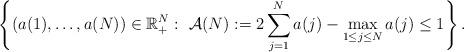
LaTeX: \begin{align*}\left\{(a(1),\ldots,a(N))\in {\mathbb R}^N_+:\, \,{\cal A}(N):=2\sum_{j=1}^{N}a(j)-\max_{1\leq j\leq N}a(j)\leq 1 \right\}.\end{align*}